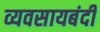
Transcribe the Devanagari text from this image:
व्यवसायबंदी